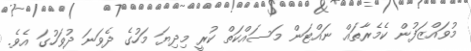
މުވައްޒަފުން ކެމެރާތައް ނައްޓަން މަސައްކަތް ކުރީ މިދިޔަ މަހުގެ ދެވަނަ ދުވަހުގަ އެވެ.